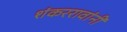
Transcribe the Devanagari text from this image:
शंकररावांनीं